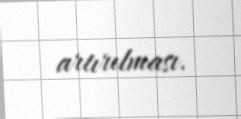
artırılması.